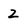
Character: 2